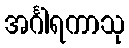
အင်္ဂါရကာသု